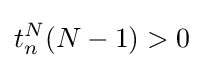
t_{n}^{N}(N-1)>0